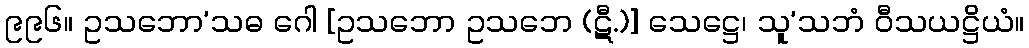
၉၉၆။ ဥသဘော’သဓ ဂေါ [ဥသဘော ဥသဘေ (ဋီ.)] သေဋ္ဌေ၊ သူ’သဘံ ဝီသယဋ္ဌိယံ။